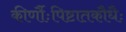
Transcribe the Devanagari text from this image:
कीर्णौःपिष्टातकौधैः